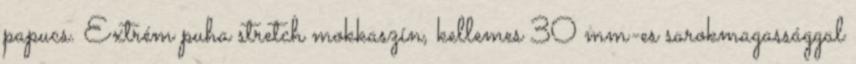
papucs. Extrém puha stretch mokkaszín, kellemes 30 mm-es sarokmagassággal